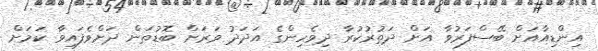
އިންޑިއާއަށް ބޭސްފަރުވާ އަށް ދަތުރުކުރާ ދިވެހިންގެ އަދަދު ވަރަށް ބޮޑުތަން ދަށްވެފައިވާ ކަމަށް